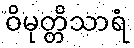
ဝိမုတ္တိသာရံ